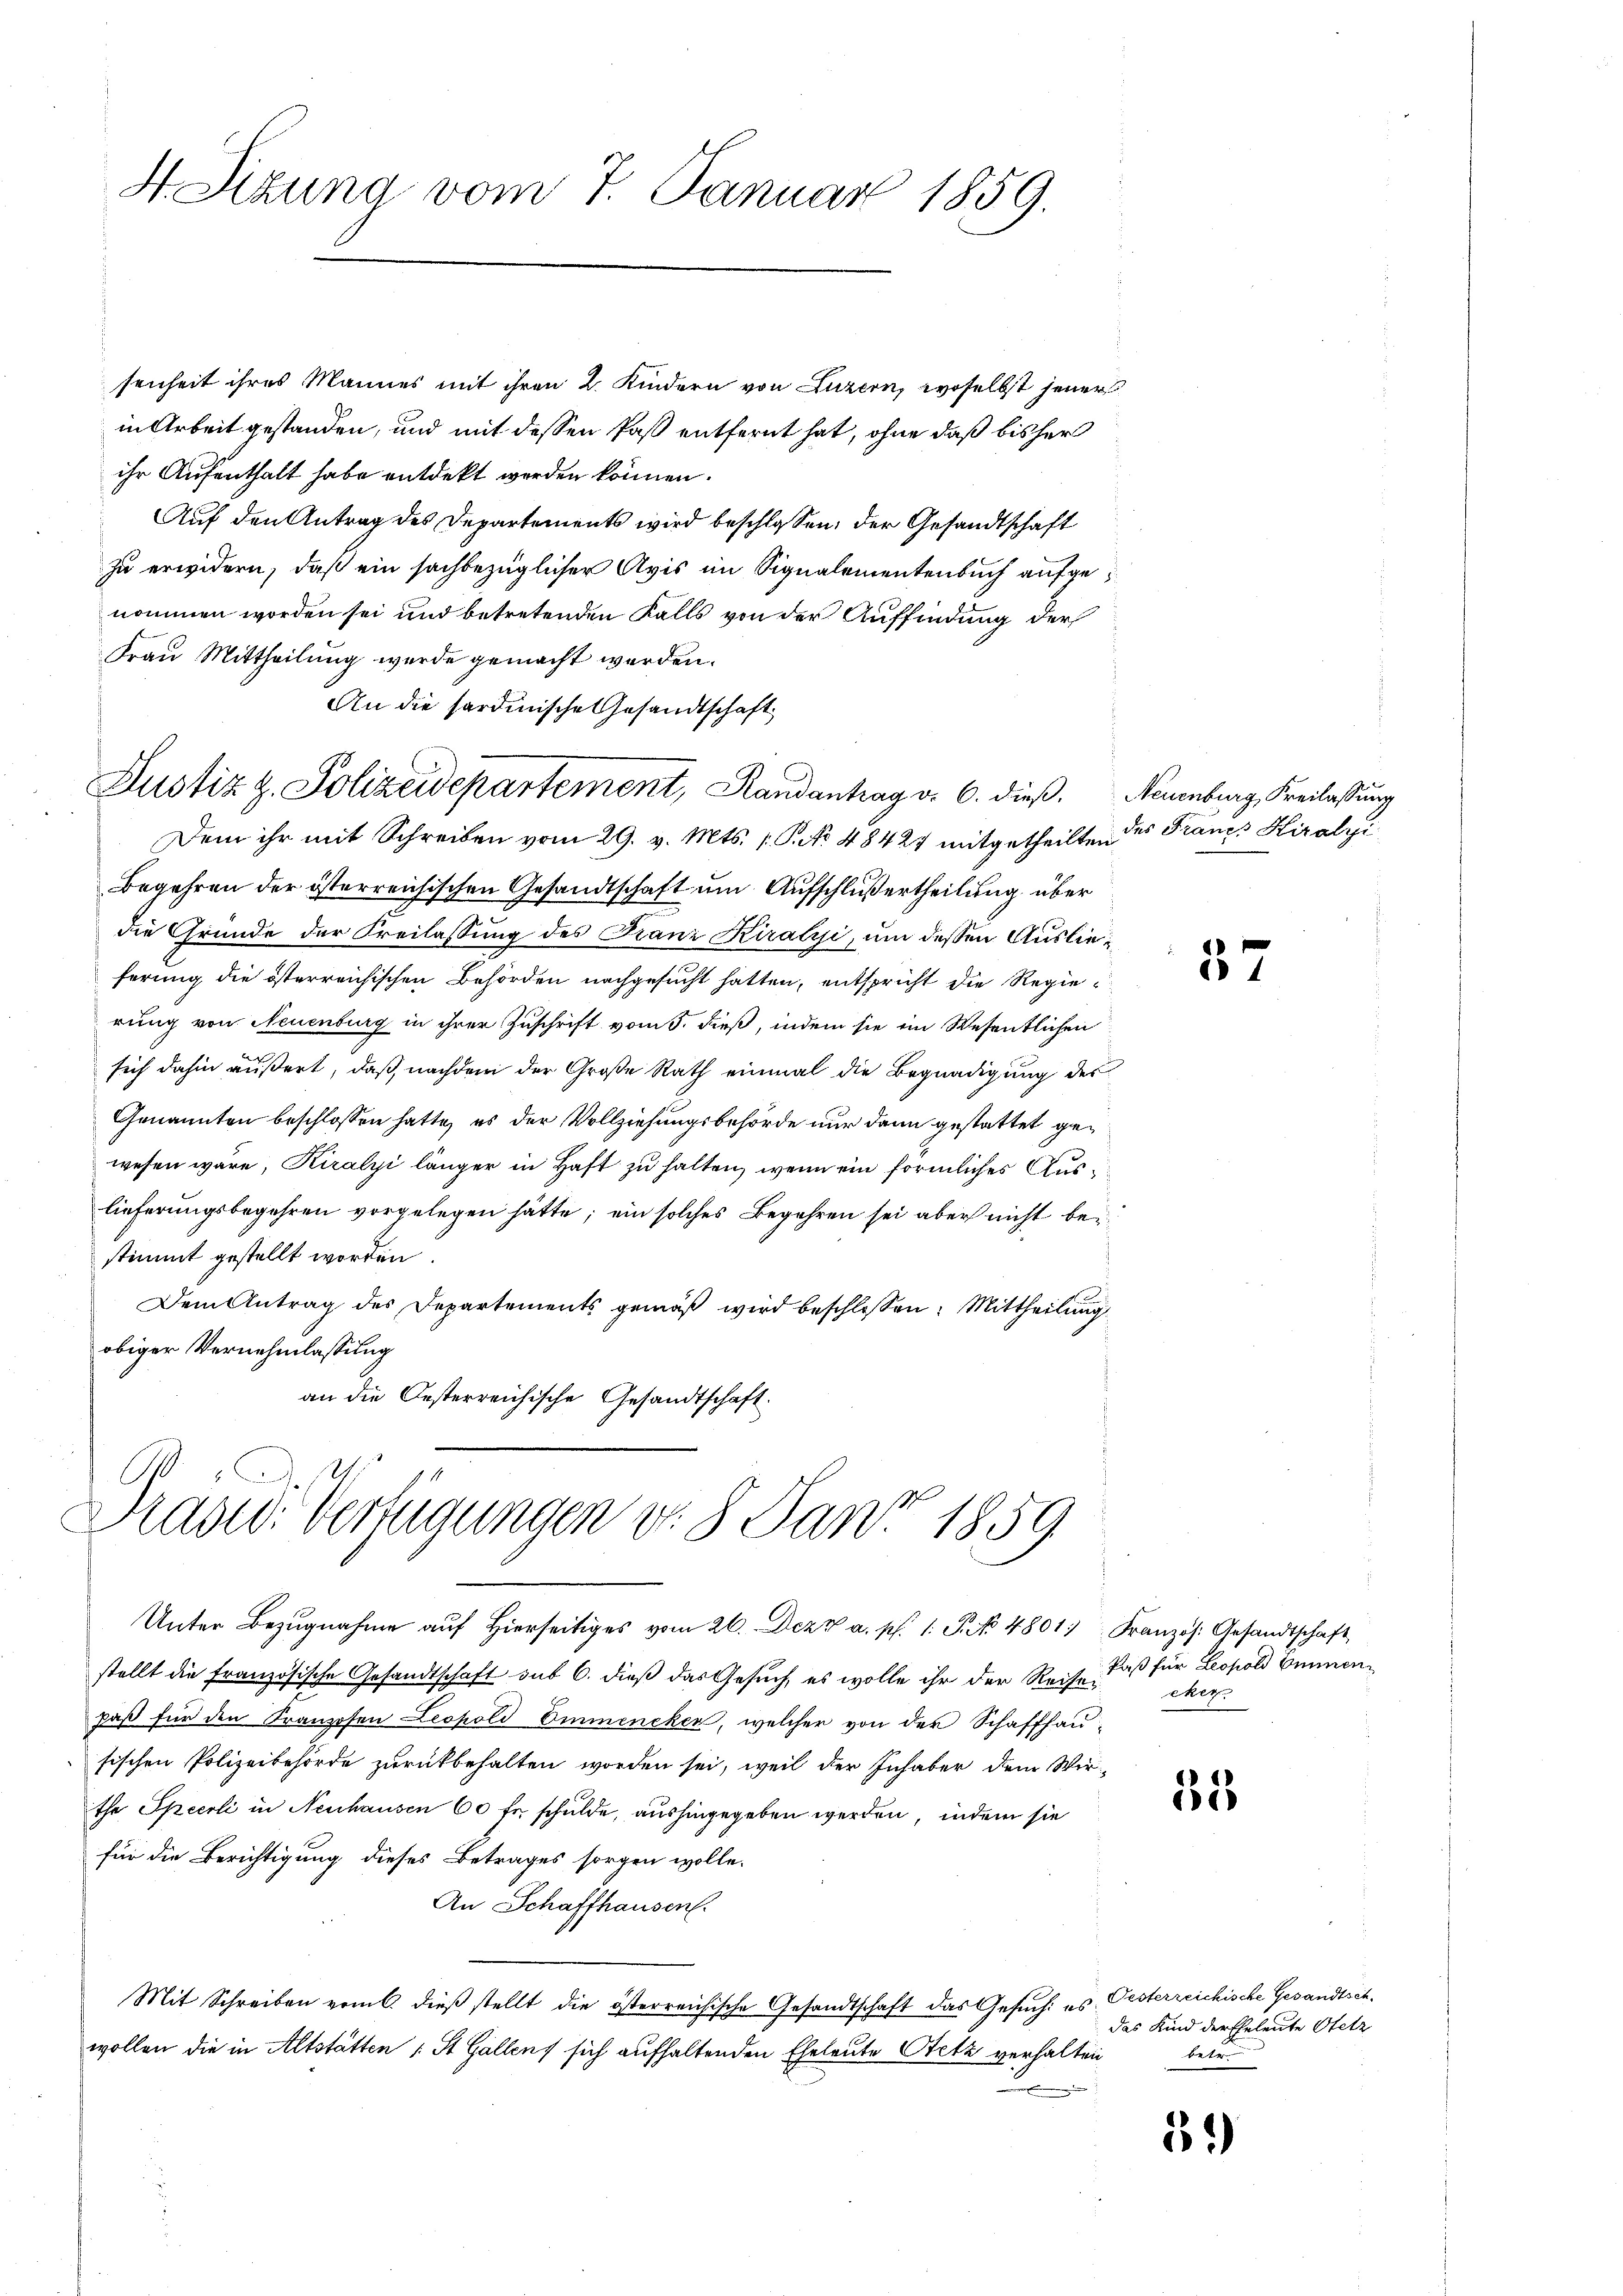
H. Sizung vom 7. Januar 1859.

senheit ihres Mannes mit ihren 2. Kindern von Luzern, woselbst jener
in Arbeit gestanden, und mit dessen Paß entfernt hat, ohne daß bisher
ihr Aufenthalt habe entdekt werden können.
Auf den Antrag des Departements wird beschlossen, der Gesandtschaft
zu erwidern, daß ein sachbezüglicher Avis im Signalementenbuch aufgenommen worden sei und betretenden Falls von der Auffindung der
Frau Mittheilung wurde gemacht werden.
An die sardinische Gesandtschaft
Justiz z. Polizeidepartement, Randantrag v. 6. dieβ. Neuenburg, Freilassung
Dem ihr mit Schreiben vom 29. v. Mts. v. P. No 48427 mitgetheilten des Francs Hiralyi
Begehren der österreichischen Gesandtschaft um Aufschlußertheilung über
die Gründe der Freilassung des Franz Kiralysi, um dessen Auslieferung die österreichischen Behörden nachgesucht hatten, entspricht die Regierung von Neuenburg in ihrer Zuschrift vom 5. dieß, indem sie im Wesentlichen
sich dahin äußert, daß nachdem der Große Rath einmal die Begnadigung des
Genannten beschlossen hatte, es der Vollziehungsbehörde nur dann gestattet gewesen wäre, Kiralyi länger in Haft zu halten, wenn ein förmliches Auslieferungsbegehren vorgelegen hätte; ein solches Begehren sei aber nicht bestimmt gestellt worden
Dem Antrag des Departements gemäß wird beschlossen: Mittheilung
obiger Vernehmlassung
an die Oesterreichische Gesandtschaft.

Präsid. Verfügungen v. 8. Jan. 1859

Unter Bezŭgnahme aŭf hierseitiges vom 26. Dez. a. p. 1. P. 4801. Französ. Gesandtschaft
stellt die französische Gesandtschaft sub 6. dieß das Gesuch, es wolle ihr der Reise eher
paβ für den Franzosen Leopold Emmeneken, welcher von der Schaffhau-
sischen Polizeibehörde zurückbehalten worden sei, weil der Inhaber dem Wir-
the Specrli in Neuhausen 60 fr. schulde, aushingegeben werden, indem sie
für die Berichtigung dieses Betrages sorgen wolle.
An Schaffhausen.
Mit Schreiben vom 6. dieß stellt die österreichische Gesandtschaft das Gesuch: es Oesterreichische Gesandtschwollen die in Altstätten 1 St Gallens sich aufhaltenden Eheleute Stetz verhalten

37

Paß für Leopold Emmen

35

31)

das Kind der Eheleute Otetz
betr